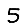
Digit: 5